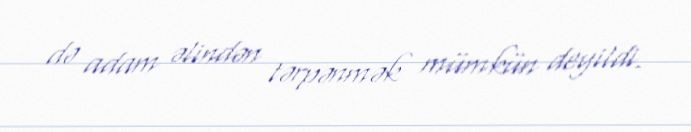
də adam əlindən tərpənmək mümkün deyildi.